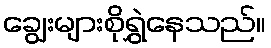
ချွေးများစိုရွှဲနေသည်။